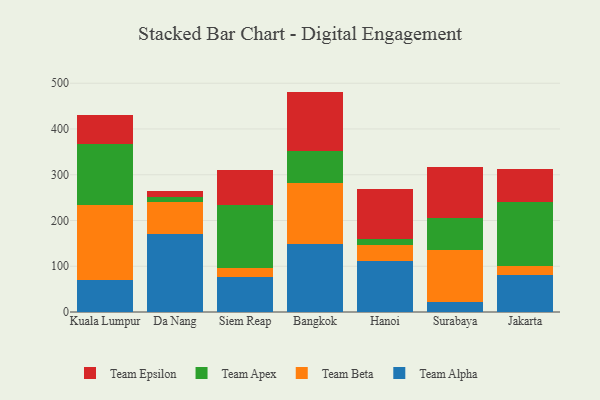
{"axis": {"x": "City", "y": "Population (Million)"}, "legend": ["Team Alpha", "Team Apex", "Team Beta", "Team Epsilon"], "data": [{"x": "Kuala Lumpur", "y": 70.2, "type": "Team Alpha"}, {"x": "Kuala Lumpur", "y": 163.4, "type": "Team Beta"}, {"x": "Kuala Lumpur", "y": 134.3, "type": "Team Apex"}, {"x": "Kuala Lumpur", "y": 63.4, "type": "Team Epsilon"}, {"x": "Da Nang", "y": 170.3, "type": "Team Alpha"}, {"x": "Da Nang", "y": 69.9, "type": "Team Beta"}, {"x": "Da Nang", "y": 11.2, "type": "Team Apex"}, {"x": "Da Nang", "y": 14.0, "type": "Team Epsilon"}, {"x": "Siem Reap", "y": 76.1, "type": "Team Alpha"}, {"x": "Siem Reap", "y": 20.3, "type": "Team Beta"}, {"x": "Siem Reap", "y": 138.3, "type": "Team Apex"}, {"x": "Siem Reap", "y": 75.8, "type": "Team Epsilon"}, {"x": "Bangkok", "y": 148.9, "type": "Team Alpha"}, {"x": "Bangkok", "y": 133.0, "type": "Team Beta"}, {"x": "Bangkok", "y": 69.6, "type": "Team Apex"}, {"x": "Bangkok", "y": 130.2, "type": "Team Epsilon"}, {"x": "Hanoi", "y": 111.2, "type": "Team Alpha"}, {"x": "Hanoi", "y": 35.3, "type": "Team Beta"}, {"x": "Hanoi", "y": 12.7, "type": "Team Apex"}, {"x": "Hanoi", "y": 110.0, "type": "Team Epsilon"}, {"x": "Surabaya", "y": 22.2, "type": "Team Alpha"}, {"x": "Surabaya", "y": 113.4, "type": "Team Beta"}, {"x": "Surabaya", "y": 69.4, "type": "Team Apex"}, {"x": "Surabaya", "y": 111.9, "type": "Team Epsilon"}, {"x": "Jakarta", "y": 81.8, "type": "Team Alpha"}, {"x": "Jakarta", "y": 19.6, "type": "Team Beta"}, {"x": "Jakarta", "y": 139.8, "type": "Team Apex"}, {"x": "Jakarta", "y": 70.6, "type": "Team Epsilon"}]}